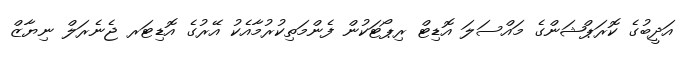
އަދީބުގެ ކޮރަޕްޝަންގެ މައްސަލަ އޮޑިޓް ރިޕޯޓަކުން ފެންމަތިކުރުމާއެކު އޭރުގެ އޮޑިޓަރ ޖެނެރަލް ނިޔާޒް